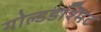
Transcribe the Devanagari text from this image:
गोल्डडश्मिट